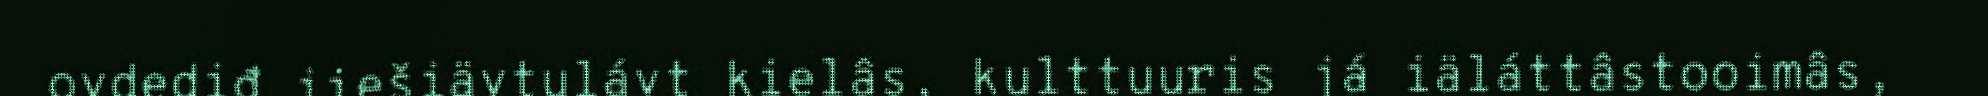
ovdediđ jiešiävtulávt kielâs, kulttuuris já iäláttâstooimâs,